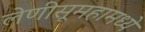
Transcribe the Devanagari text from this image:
लेणीसूमहामध्ये